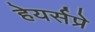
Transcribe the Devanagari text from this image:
हेयर्सप्रे